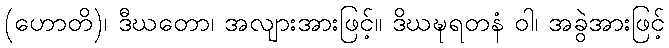
(ဟောတိ)၊ ဒီဃတော၊ အလျားအားဖြင့်။ ဒိဃဍ္ဎရတနံ ဝါ၊ အခွဲအားဖြင့်